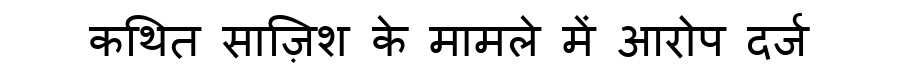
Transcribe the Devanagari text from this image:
कथित साज़िश के मामले में आरोप दर्ज